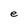
Character: e